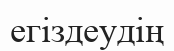
егіздеудің